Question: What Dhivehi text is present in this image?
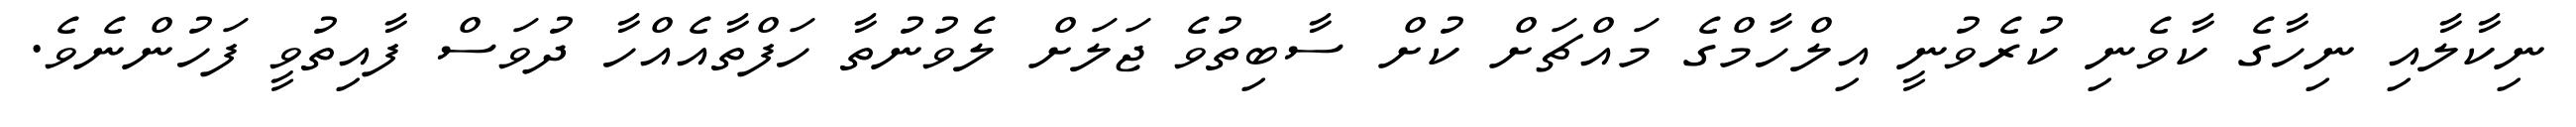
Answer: ނިކާލާއި ނިހާގެ ކާވެނި ކުރެވުނީ އިލްހާމްގެ މައްޗަށް ކުށް ސާބިތުވެ ޖަލަށް ލެވުނުތާ ހަފްތާއެއްހާ ދުވަސް ފާއިތުވީ ފަހުންނެވެ.